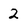
Character: 2